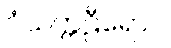
ဝံသက္ကဠီရောဝ